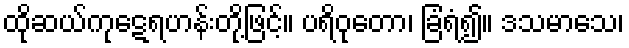
ထိုဆယ်ကုဋေရဟန်းတို့ဖြင့်။ ပရိဝုတော၊ ခြံရံ၍။ ဒသမာသေ၊